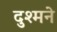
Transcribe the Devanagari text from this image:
दुश्मने